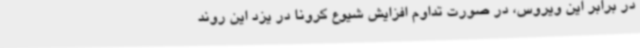
در برابر این ویروس، در صورت تداوم افزایش شیوع کرونا در یزد این روند